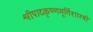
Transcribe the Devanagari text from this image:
श्रीपादकृष्णमूर्तिशास्त्री